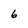
Character: 6